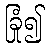
ခြုံ၍